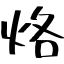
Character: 烙